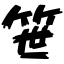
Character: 笹